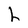
Character: h